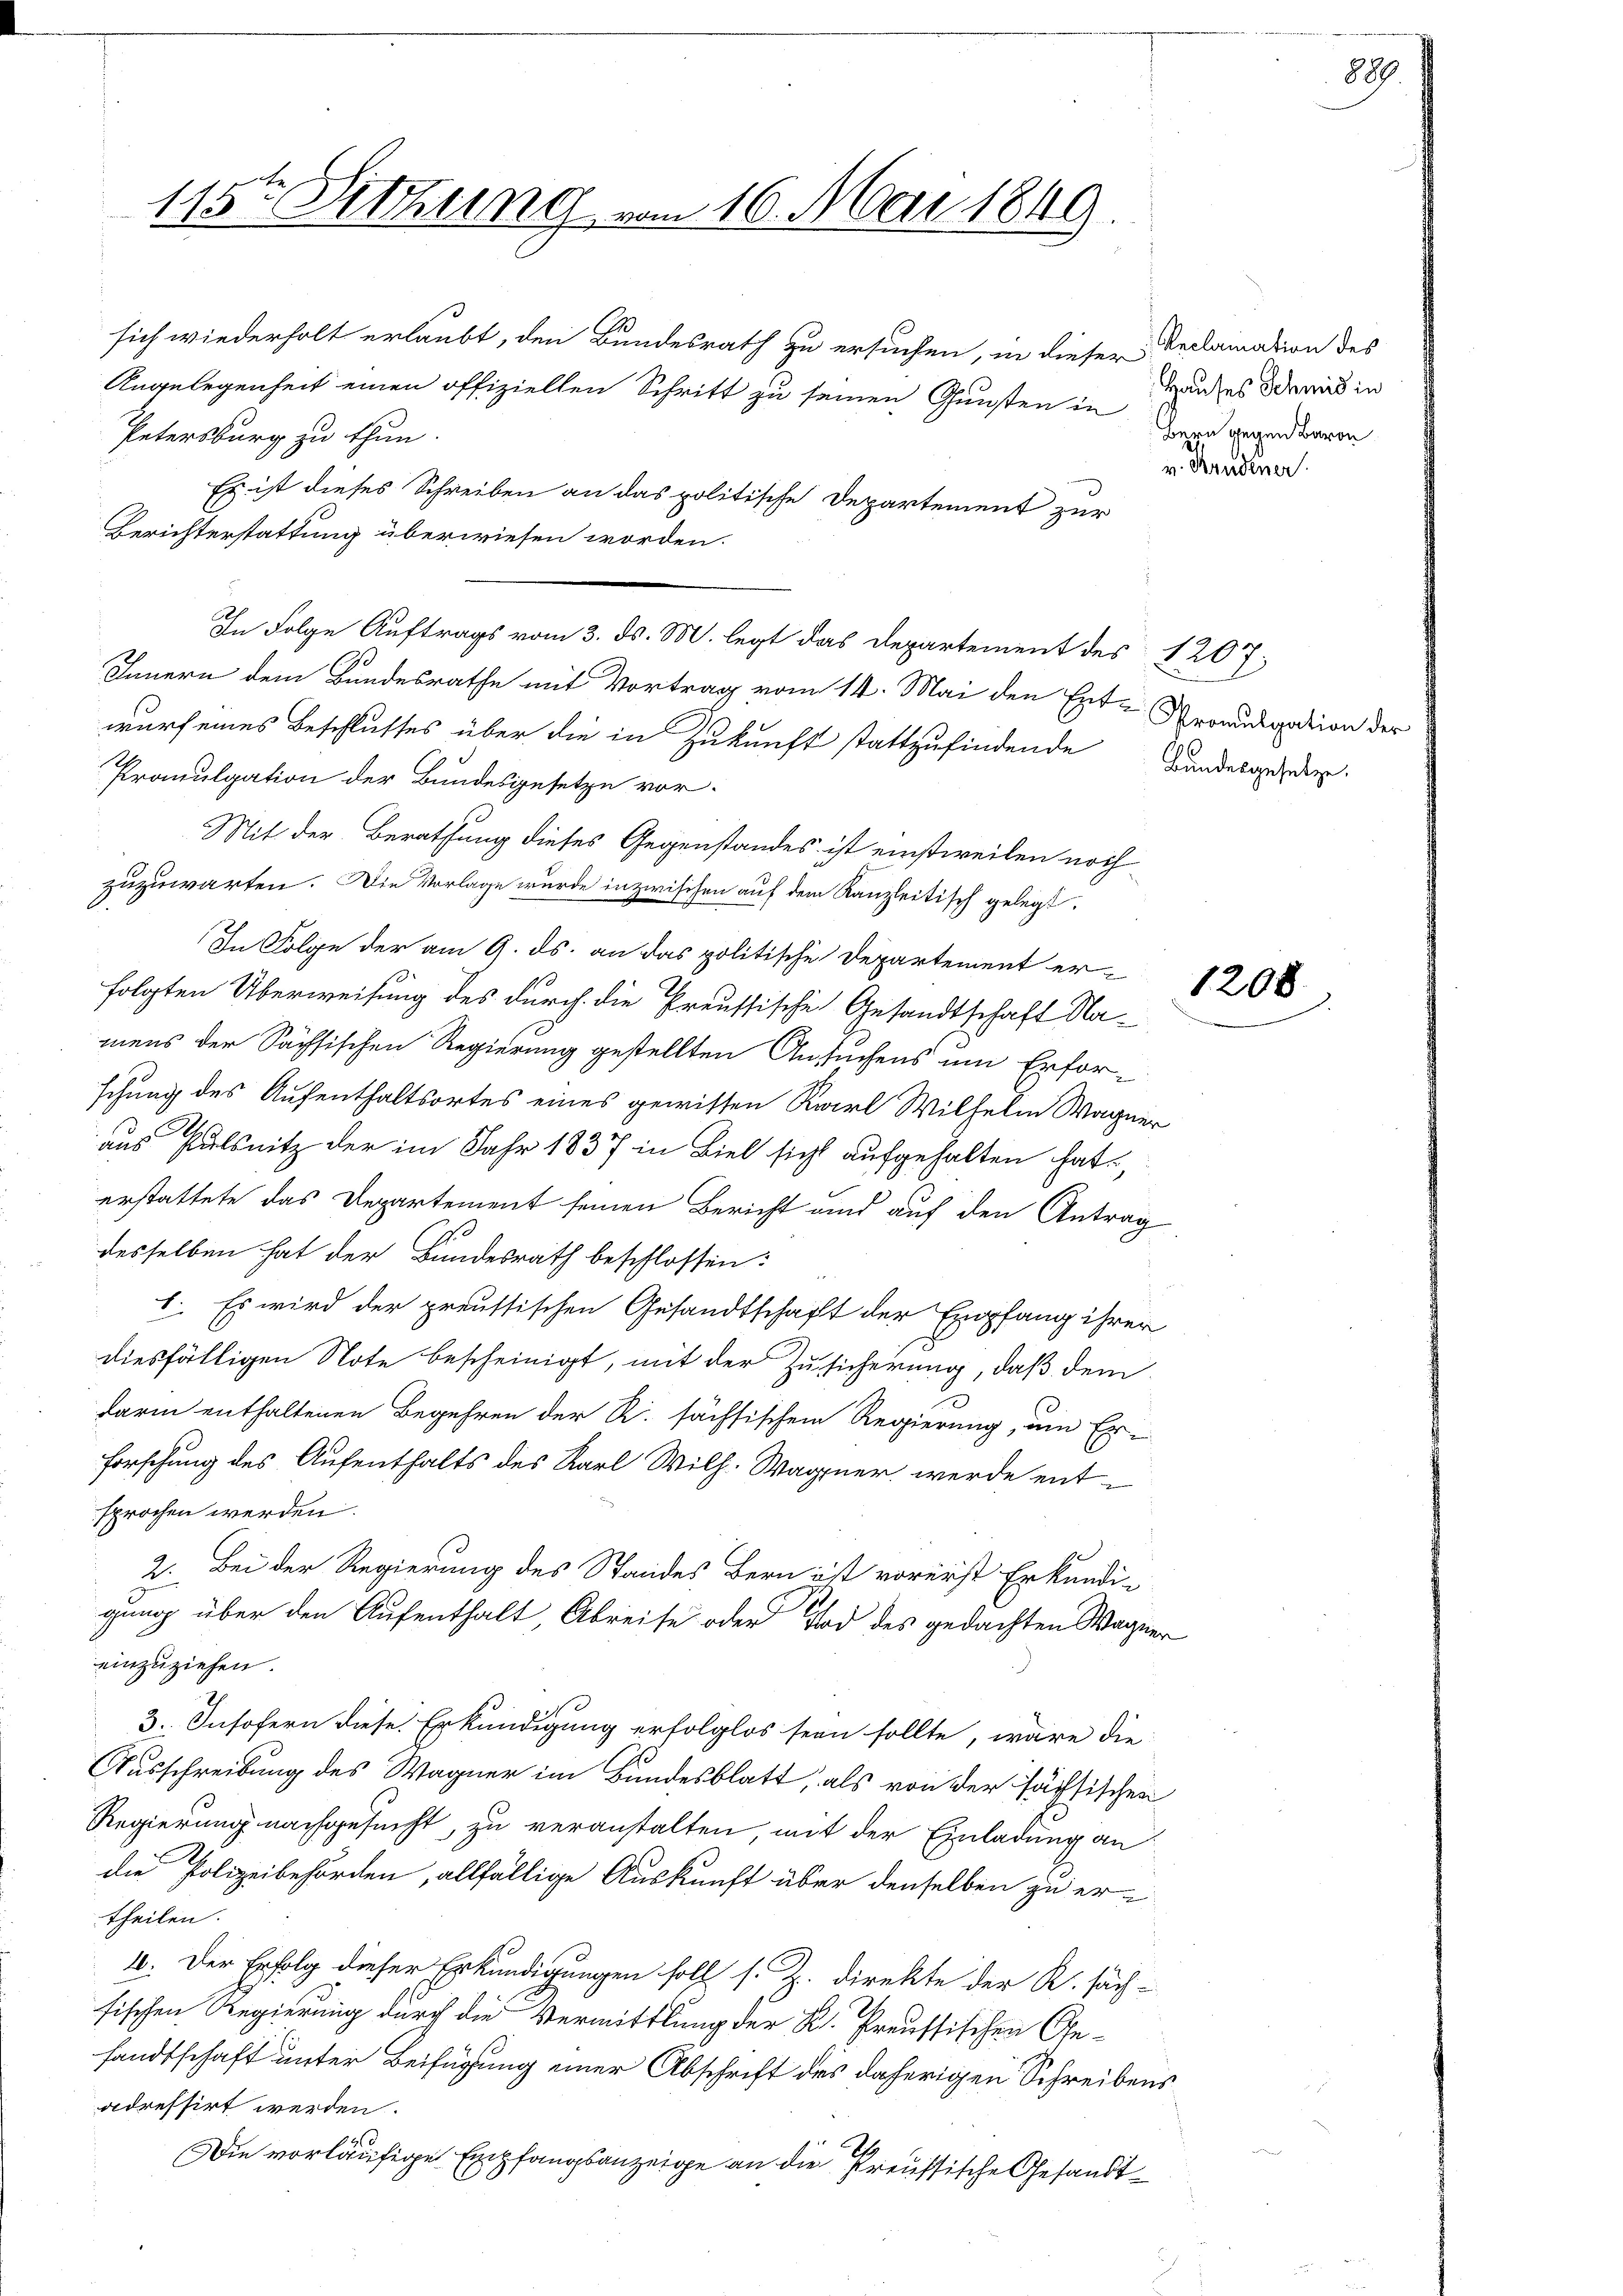
Petersburg zu thun.
Es ist dieses Schreiben an das politische Departement zur
Berichterstattung überwiesen worden.
Innern dem Bundesrathe mit Vortrag vom 14. Mai den Ent-
wurf eines Beschlusses über die in Zukunft stattzufindende
Promulgation der Bundesgesetze vor-
Mit der Berathung dieses Gegenstandes ist einstweilen noch
zuzuwarten. Die Vorlage wurde inzwischen auf dem Kanzleitisch gelegt.
In Folge der am 9. ds. an das politische Departement erfolgten Überweisung des durch die Preussische Gesandtschaft Namens der Sächsischen Regierung gestellten Ansuchens um Erforschung des Aufenthaltsortes eines gewissen Recrl Wilhelm Wagner
aus Pulsnitz der im Jahr 1837 in Biel sicht aufgehalten hat.
erstattete das Departement seinen Bericht und auf den Antrag
desselben hat der Bundesrath beschlossen:
j
I. Es wird der preussischen Gesandtschaft der Empfang ihrer
diesfälligen Note bescheinigt, mit der Zusicherung, daß dem
darin enthaltenen Begehren der R. sächsischem Regierung, um Er-
Forschung des Aufenthalts des Karl Wilh. Wagner werde entsprochen werden.
2. Bei der Regierung des Standes Bern ist vorerst Erkundigung über den Aufenthalt, Abreise oder Tod des gedachten Wagner
einzuziehen.
3. Insofern diese Erkundigung erfolglos sein sollte, wäre die
Ausschreibung des Wagner im Bundesblatt, als von der sächsischen
Regierung nachgesucht, zu veranstalten, mit der Einladung an
die Polizeibehörden, allfällige Auskunft über denselben zu ertheilen.
1. Der Erfolg dieser Erkundigungen soll s. Z. direkte der R. säch-
sischen Regierung durch die Vermittlung der K. Preussischen Ge-
sandtschaft unter Beifügung einer Abschrift des daherigen Schreibens
adressirt werden.
Die vorläufige Empfangsanzeige an die Preussische Gesandt¬

115ten Sitzung vom 16. Mai 1849

sich wiederholt erlaubt, den Bundesrath zu ersuchen, in dieser Reclamation des
Angelegenheit einen offiziellen Schritt zu seinen Gunsten in

In Folge Auftrags vom 3. ds. M. legt das Departement des 1207:

Hauses Schmid in
Bern gegen Baron

v. Brudener.

2
Promulgation der
Bundesgesetze.

1208

889.